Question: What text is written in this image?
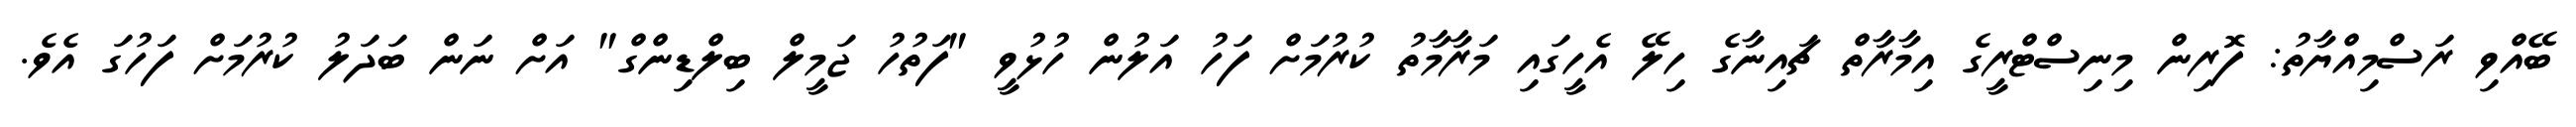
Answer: ބޭއްވި ރަސްމިއްޔާތު: ފޮރިން މިނިސްޓްރީގެ އިމާރާތް ޗައިނާގެ ހިލޭ އެހީގައި މަރާމާތު ކުރުމަށް ފަހު އަލުން ހުޅުވީ "ފަތުހު ޖަމީލް ބިލްޑިންގް" އަށް ނަން ބަދަލު ކުރުމަށް ފަހުގަ އެވެ.